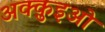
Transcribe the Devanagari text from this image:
अक्क़ुइओ